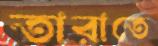
তারাতে